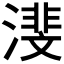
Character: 𪷕